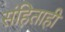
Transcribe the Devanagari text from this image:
संहिताही